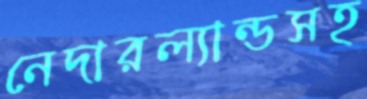
নেদারল্যান্ডসহ